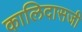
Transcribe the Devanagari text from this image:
कालिदासजी